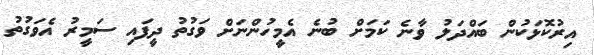
އިރުކޮޅަކުން ބައްދަލު ވާނެ ކަމަށް ބުނެ އެމީހުންނަށް ވަގުތު ދީފައި ސަމީރު އެވަގުތު